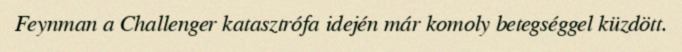
Feynman a Challenger katasztrófa idején már komoly betegséggel küzdött.